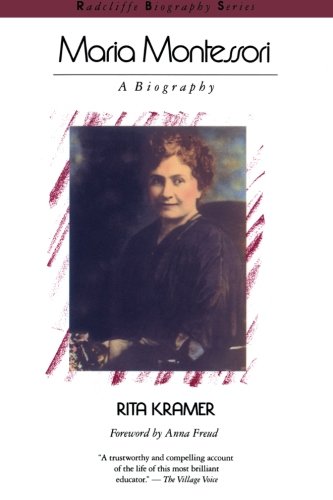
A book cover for Maria Montessori: A Biography (Radcliffe Biography Series); Rita Kramer; Biographies & Memoirs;